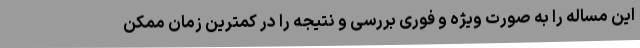
این مساله را به صورت ویژه و فوری بررسی و نتیجه را در کمترین زمان ممکن